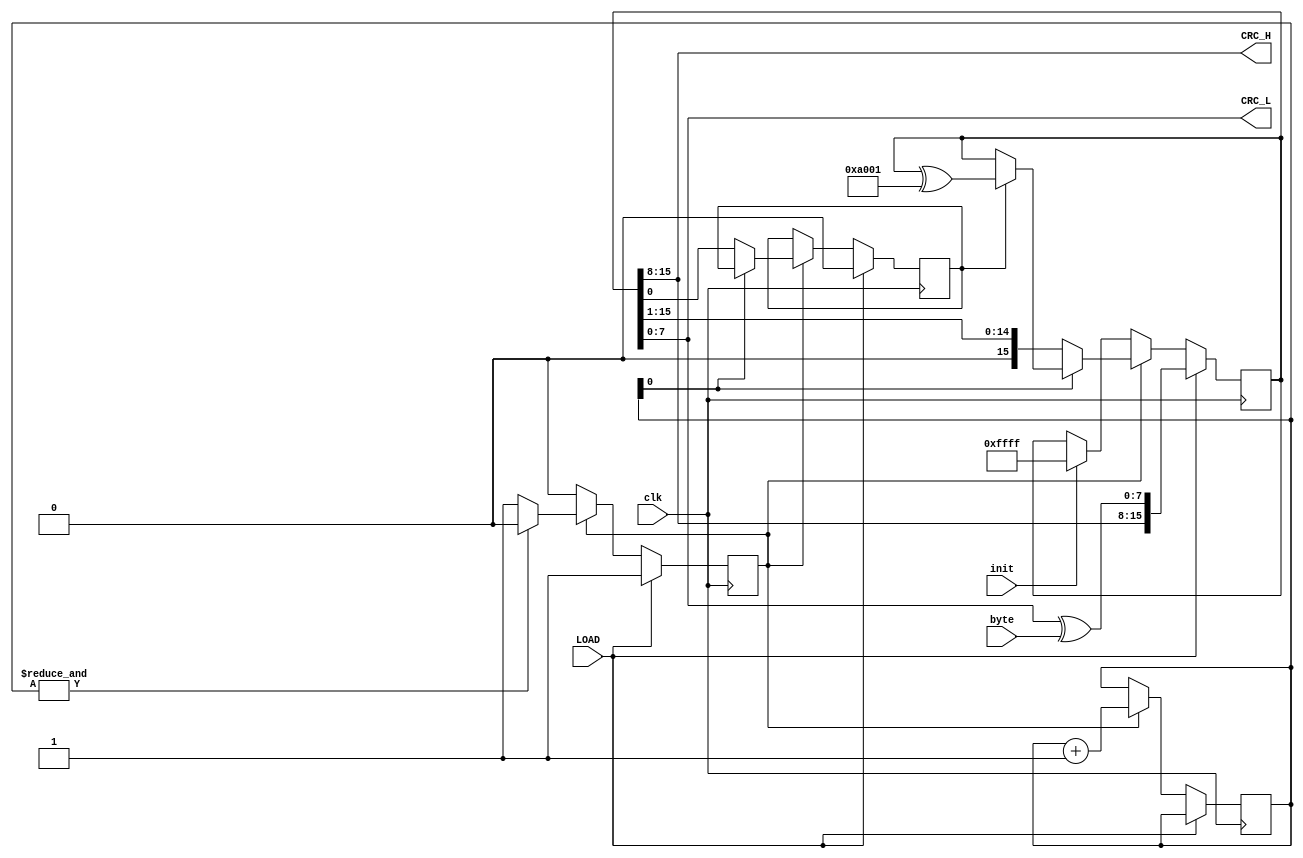
module CRC16_trans (
    input clk,
    input LOAD,
    input [7:0]byte,
    input init,
    output wire [7:0]CRC_L,
    output wire [7:0]CRC_H 
    );

    reg [15:0]CRC = 16'hFFFF;
    reg sh_bit = 1'b0;
    reg [3:0]sh_cn = 4'b0;  
    reg go = 1'b0;
    wire [15:0]w_xor = (CRC ^ 16'ha001);
    //wire [15:0]xor_sh = w_xor >> 1;
    assign CRC_L = CRC[7:0];
    assign CRC_H = CRC[15:8];

    always @(posedge clk)
    begin
        if (LOAD)
        begin
            CRC <= {CRC[15:8], CRC[7:0] ^ byte};
            sh_bit <= 1'b0;
            go <= 1'b1;
        end

        else
        begin
            if (go)
            begin
                sh_bit <= (~sh_cn[0]) ? CRC[0] : sh_bit;
                sh_cn <= sh_cn + 1'b1;
                CRC <= (~sh_cn[0]) ? {1'b0, CRC[15:1]} : sh_bit ? CRC ^ 16'ha001 : CRC;
                go <= (&sh_cn) ? 1'b0 : go;
            end
            else
            begin
                CRC <= init ? 16'hFFFF : CRC;
            end
        end
    end

endmodule